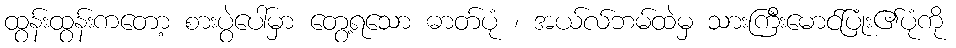
ထွန်းထွန်းကတော့ စားပွဲပေါ်မှာ တွေ့ရသော ဓာတ်ပုံ ၊ အယ်လ်ဘမ်ထဲမှ သားကြီးမောင်ပြုံး၏ပုံကို